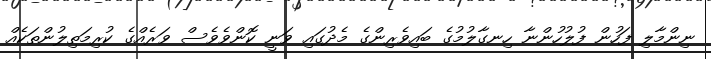
ނިންމާލި ފަހުން ފުލުހުންނާ ހިނގާލުމުގެ ބައިވެރިންގެ މެދުގައި ވަނީ ކޮންވެވެސް ވަރެއްގެ ކުރިމަތިލުންތަކެއް